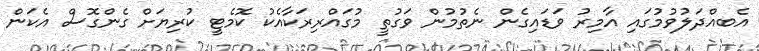
އެބއްދަލުވުމުގައި އާމިރު ވަޑައިގެން ނެތުމުން ވަގުތީ މުގައްރިރަކާއެކު ކޮމެޓީ ކުރިޔަށް ގެންގޮސް އެކަން